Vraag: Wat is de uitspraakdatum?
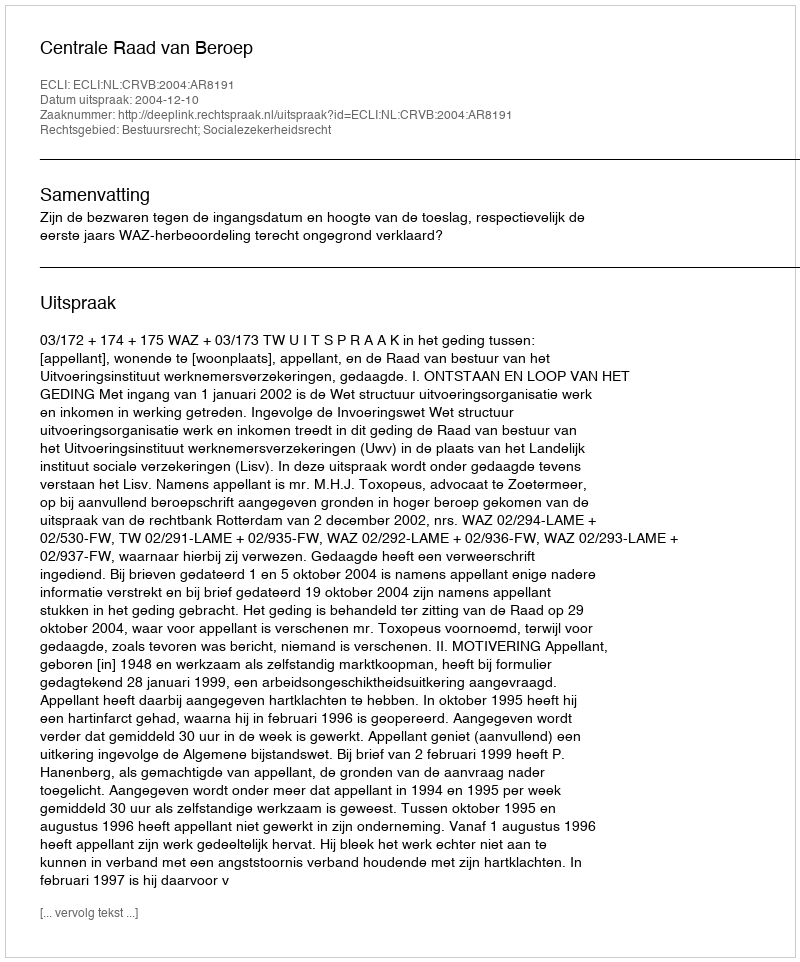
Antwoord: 2004-12-10